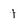
Character: 1